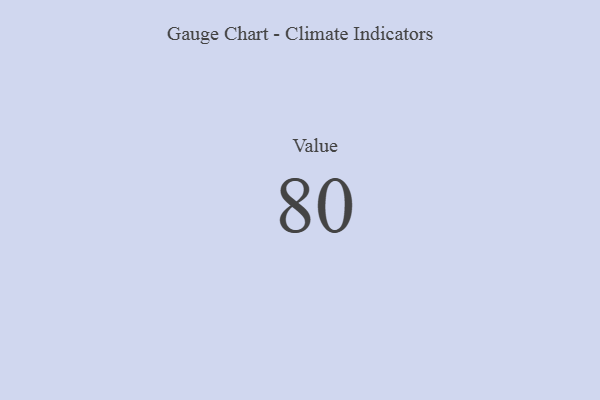
{"axis": {"x": "Metric", "y": "Value"}, "legend": [""], "data": [{"x": "Value", "y": 80, "type": ""}]}